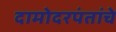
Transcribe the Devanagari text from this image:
दामोदरपंतांचे